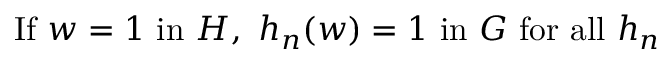
{ \mathrm { I f } } \ w = 1 \ { \mathrm { i n } } \ H , \ h _ { n } ( w ) = 1 \ { \mathrm { i n } } \ G \ { \mathrm { f o r ~ a l l } } \ h _ { n }